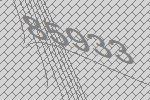
85933